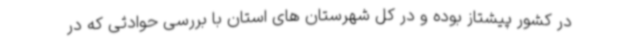
در کشور پیشتاز بوده و در کل شهرستان های استان با بررسی حوادثی که در